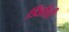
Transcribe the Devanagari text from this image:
डिंडौली